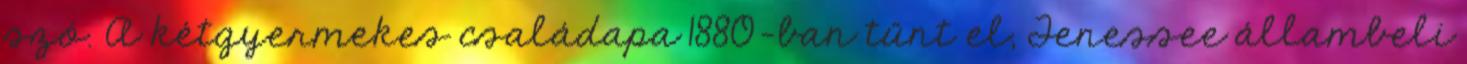
szó. A kétgyermekes családapa 1880-ban tűnt el, Tenessee állambeli